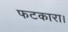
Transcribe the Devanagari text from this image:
फटकारा।